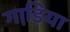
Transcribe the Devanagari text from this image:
गाडि़या